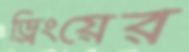
ড্রিংয়ের